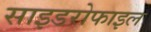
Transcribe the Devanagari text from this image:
साइडरोफाइल